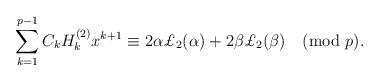
LaTeX: \begin{align*}\sum_{k=1}^{p-1}C_k H_k^{(2)}x^{k+1}\equiv 2\alpha\pounds_2(\alpha)+2\beta\pounds_2(\beta)\pmod{p}.\end{align*}